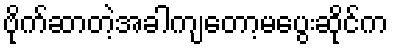
ဗိုက်ဆာတဲ့အခါကျတော့မပွေးဆိုင်က